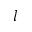
l